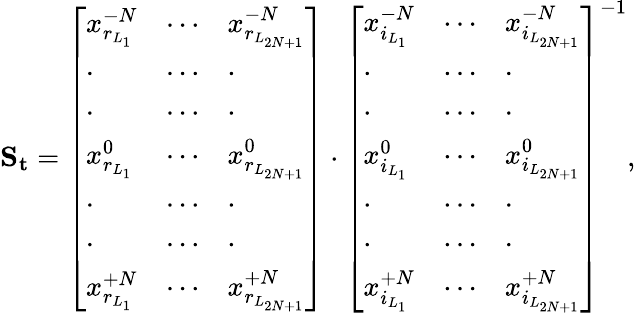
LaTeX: \mathbf{S_{t}}=\left[\begin{array}{lll}{x_{r_{L_{1}}}^{-N}}&{\cdots}&{x_{r_{L_{2N+1}}}^{-N}}\\ {\cdot}&{\cdots}&{\cdot}\\ {\cdot}&{\cdots}&{\cdot}\\ {x_{r_{L_{1}}}^{0}}&{\cdots}&{x_{r_{L_{2N+1}}}^{0}}\\ {\cdot}&{\cdots}&{\cdot}\\ {\cdot}&{\cdots}&{\cdot}\\ {x_{r_{L_{1}}}^{+N}}&{\cdots}&{x_{r_{L_{2N+1}}}^{+N}}\end{array}\right]\cdot\left[\begin{array}{lll}{x_{i_{L_{1}}}^{-N}}&{\cdots}&{x_{i_{L_{2N+1}}}^{-N}}\\ {\cdot}&{\cdots}&{\cdot}\\ {\cdot}&{\cdots}&{\cdot}\\ {x_{i_{L_{1}}}^{0}}&{\cdots}&{x_{i_{L_{2N+1}}}^{0}}\\ {\cdot}&{\cdots}&{\cdot}\\ {\cdot}&{\cdots}&{\cdot}\\ {x_{i_{L_{1}}}^{+N}}&{\cdots}&{x_{i_{L_{2N+1}}}^{+N}}\end{array}\right]^{-1},